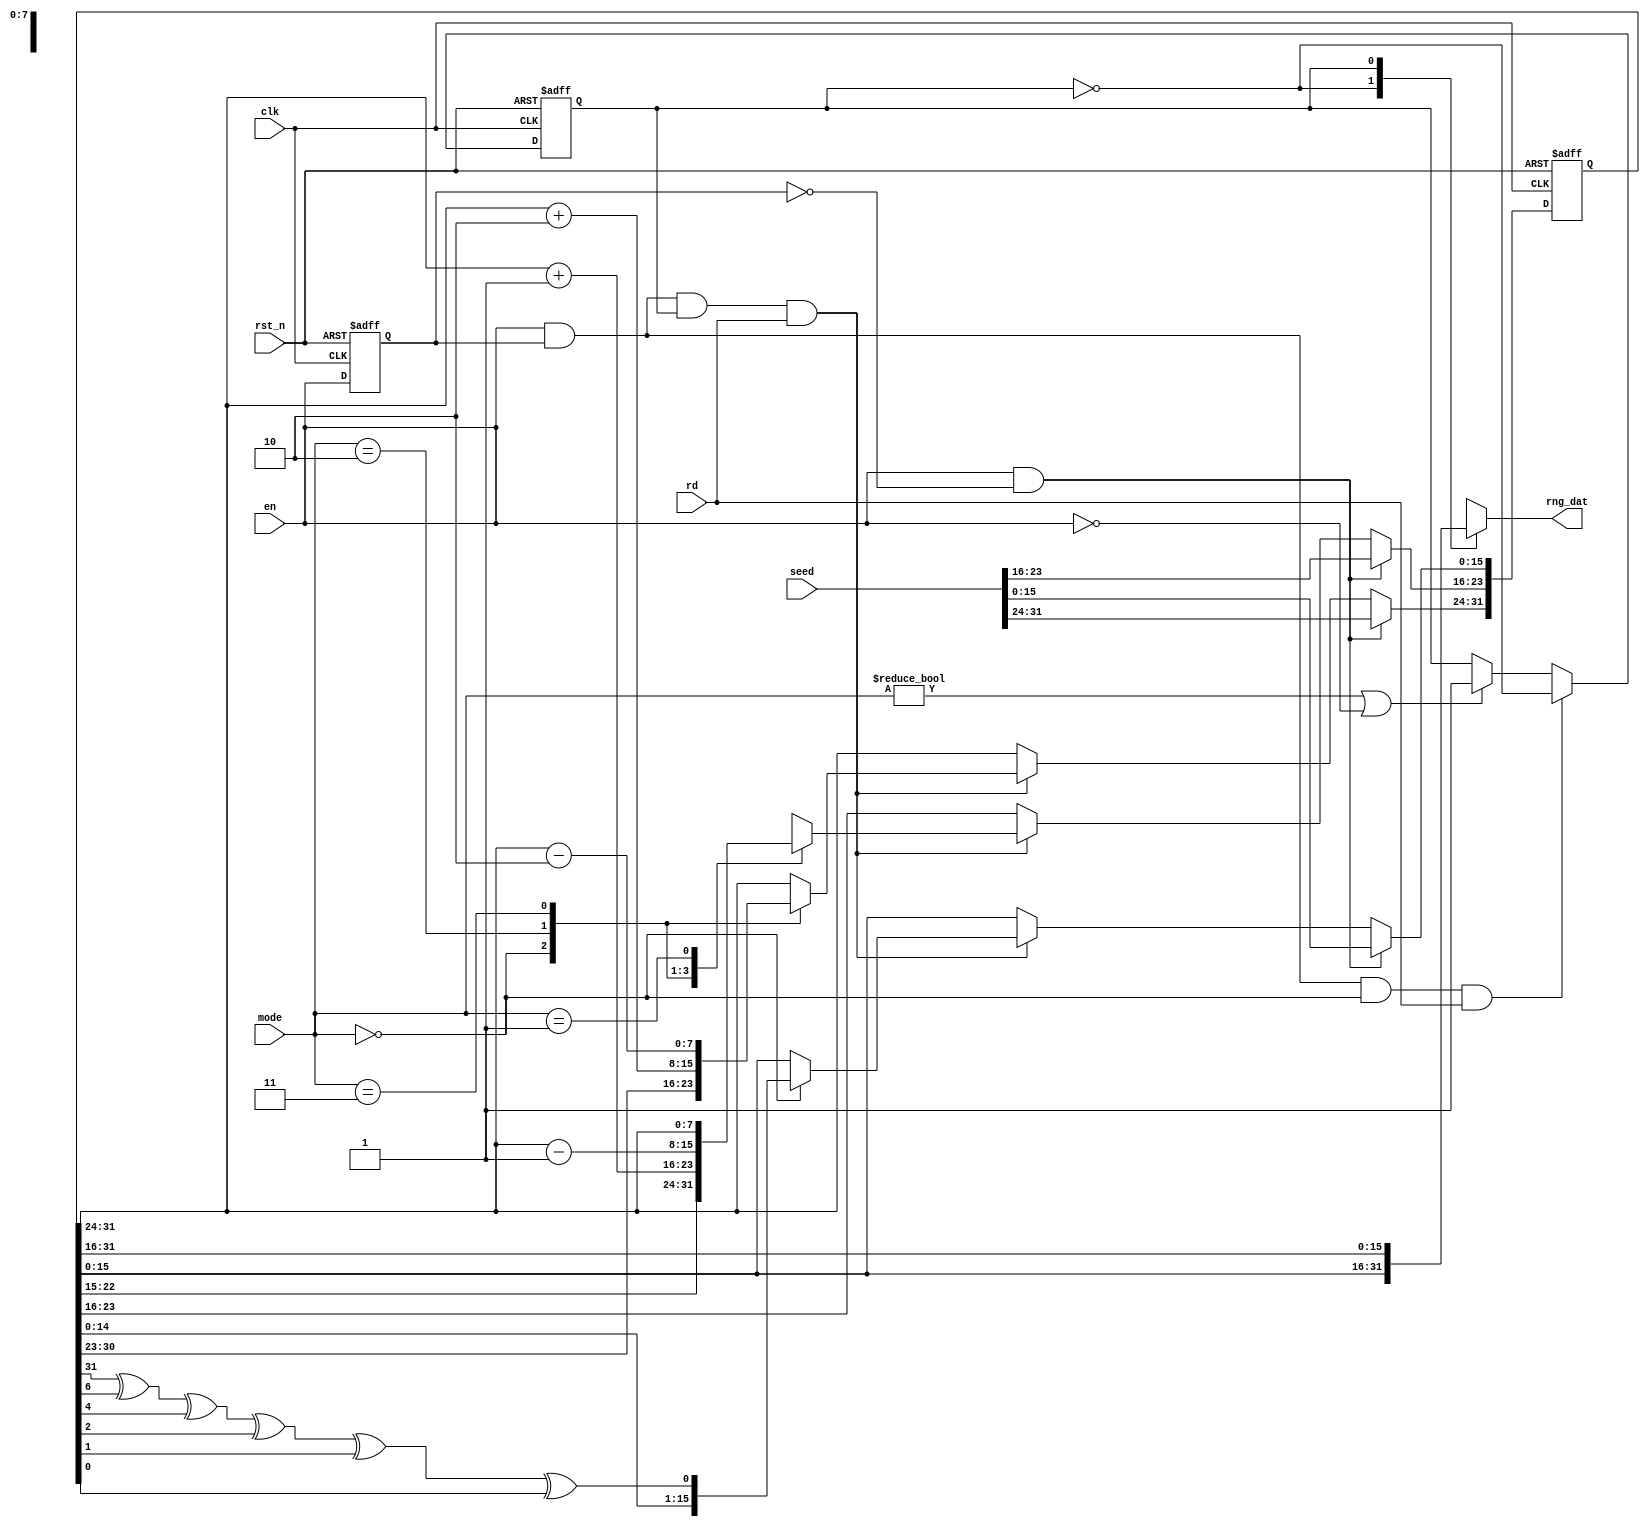

//Project: 3901U421
//Initial by  : Gu Fumin             2009.08
//Modified by : Yongliu Wang         2010.05



`timescale 1 ns/10 ps

module nfc_rng_dat(
    rst_n,
    clk,
    en,
    rd,
    seed,
    mode,
    rng_dat
);
  
input          rst_n;
input          clk;
input          en;
input          rd;
input  [31:0]  seed;
input  [1:0]   mode;
  output [15:0]  rng_dat;

wire           rng32_xor;

reg    [31:0]  rng32;
reg            en_dly;
  reg            cnt;
  reg    [15:0]  rng_dat;

assign rng32_xor = rng32[31] ^ rng32[6] ^ rng32[4] ^ rng32[2] ^ rng32[1] ^ rng32[0];

always @(posedge clk or negedge rst_n)
begin
  if (rst_n==1'b0)
    en_dly <= 1'b0;
  else
    en_dly <= #1 en;
end

always @(posedge clk or negedge rst_n)
begin
  if (rst_n==1'b0)
      cnt <= 1'b1;
  else if ((en==1'b1) && (en_dly==1'b1) && (mode == 2'b00) && rd)
      cnt <= ~cnt ;
  else if(mode != 2'b00 || !en)
      cnt <= 1'b1;
end

always @(posedge clk or negedge rst_n)
begin
  if (rst_n==1'b0)
    rng32[31:0] <= 32'h00000000;
  else if ((en==1'b1) && (en_dly==1'b0))
      rng32[31:0] <= #1 seed[31:0];
    else if ((en==1'b1) && (en_dly==1'b1) && (cnt) && rd)
    case(mode)
      2'b00: rng32[31:0] <= #1 {rng32[30:0], rng32_xor};
      2'b10: begin
             rng32[31:24]  <= #1 rng32[31:24] + 2'b10;
             rng32[23:16]  <= #1 rng32[31:24] + 1'b1;
             end
      2'b11: begin
             rng32[31:24]  <= #1 rng32[31:24] - 2'b10;
             rng32[23:16]  <= #1 rng32[31:24] - 1'b1;
             end
      2'b01: rng32[23:16]  <= #1 rng32[31:24]; 
      endcase
end

  always @(*)
begin
    case (cnt)
      1'b0: rng_dat[15:0] = rng32[15:0];
      1'b1: rng_dat[15:0] = rng32[31:16];
  endcase
end
  
endmodule